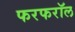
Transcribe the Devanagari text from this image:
फरफरॉल